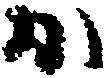
か